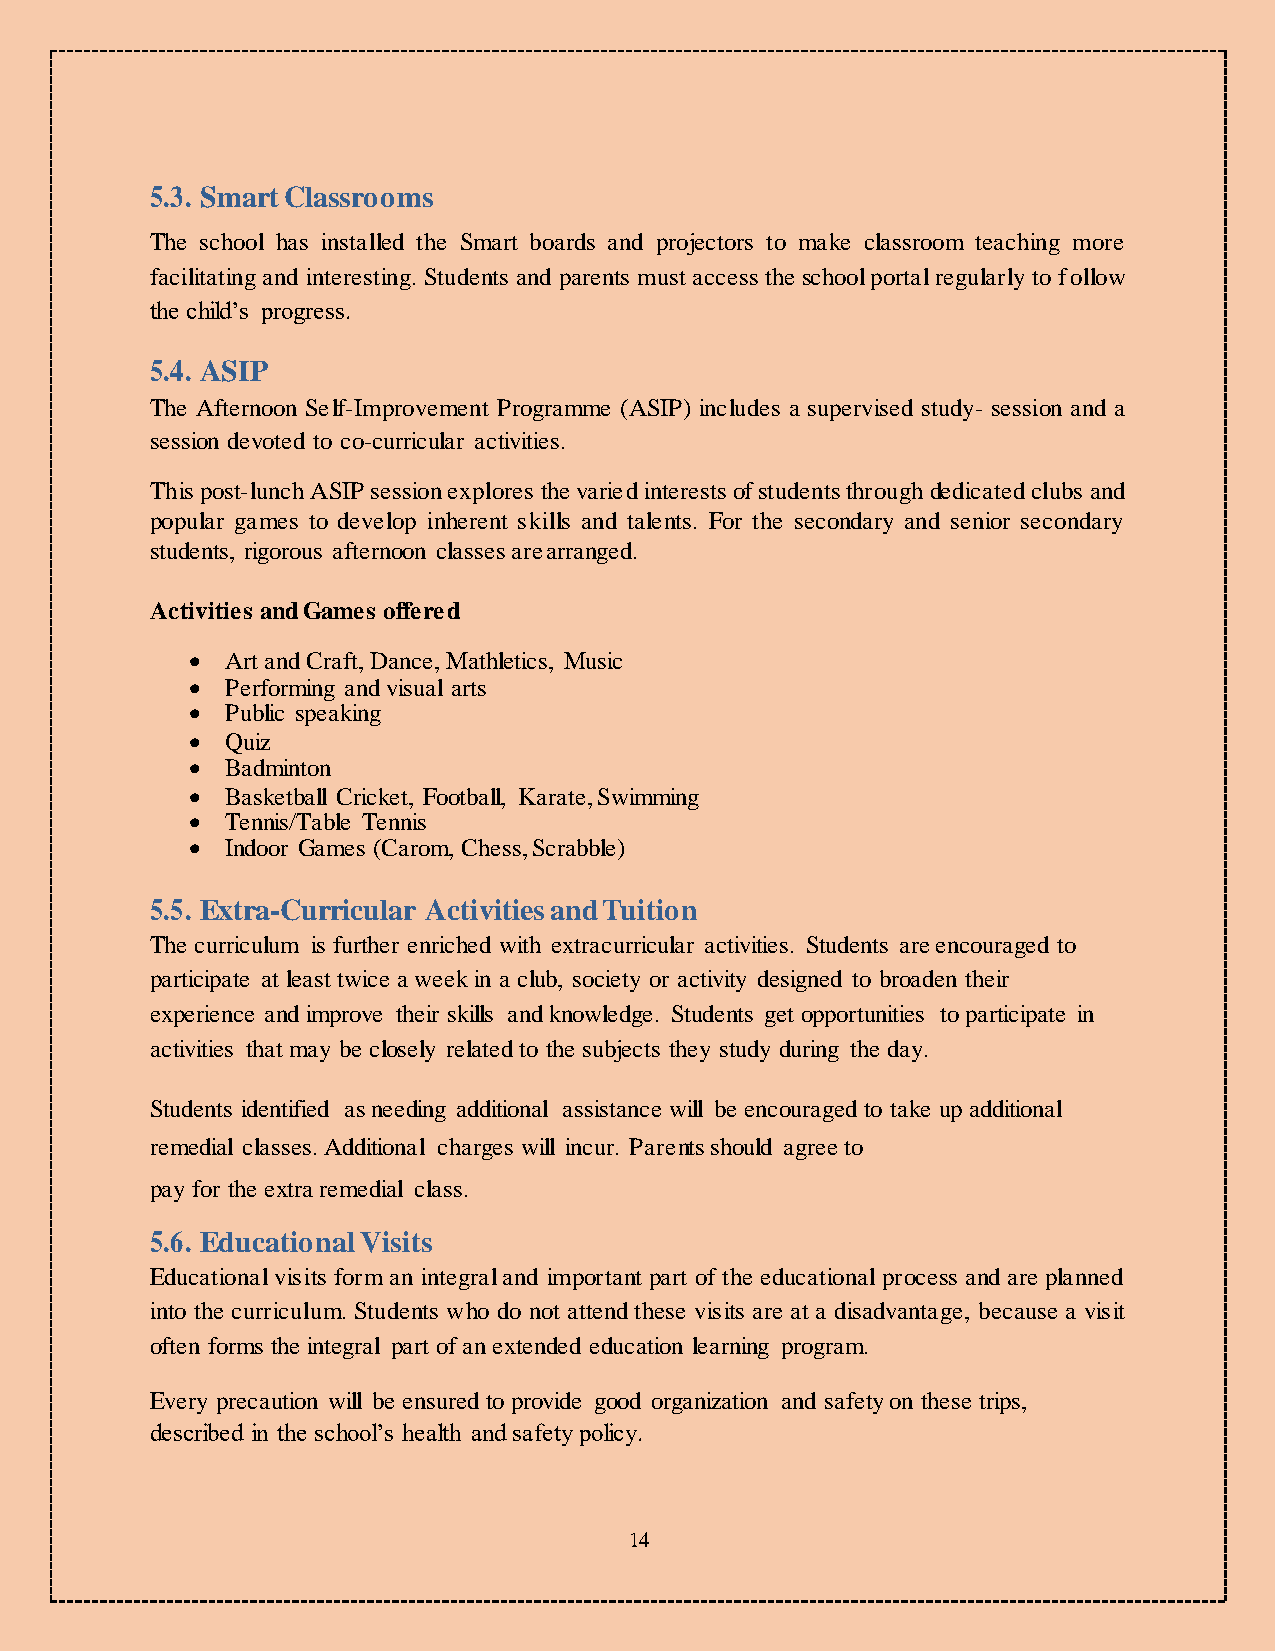
5.3. Smart Classrooms
 The school has installed the Smart boards and projectors to make classroom teaching more
 facilitating and interesting. Students and parents must access the school portal regularly to follow
 the child’s progress.
 5.4. ASIP
 The Afternoon Self-Improvement Programme (ASIP) includes a supervised study- session and a
 session devoted to co-curricular activities.
 This post-lunch ASIP session explores the varied interests of students through dedicated clubs and
 popular games to develop inherent skills and talents. For the secondary and senior secondary
 students, rigorous afternoon classes are arranged.
 Activities and Games offered
   Art and Craft, Dance, Mathletics, Music
   Performing and visual arts
   Public speaking
   Quiz
   Badminton
   Basketball Cricket, Football, Karate, Swimming
   Tennis/Table Tennis
   Indoor Games (Carom, Chess, Scrabble)
 5.5. Extra-Curricular Activities and Tuition
 The curriculum is further enriched with extracurricular activities. Students are encouraged to
 participate at least twice a week in a club, society or activity designed to broaden their
 experience and improve their skills and knowledge. Students get opportunities to participate in
 activities that may be closely related to the subjects they study during the day.
 Students identified as needing additional assistance will be encouraged to take up additional
 remedial classes. Additional charges will incur. Parents should agree to
 pay for the extra remedial class.
 5.6. Educational Visits
 Educational visits form an integral and important part of the educational process and are planned
 into the curriculum. Students who do not attend these visits are at a disadvantage, because a visit
 often forms the integral part of an extended education learning program.
 Every precaution will be ensured to provide good organization and safety on these trips,
 described in the school’s health and safety policy.
 14